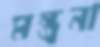
মন্ত্রনা